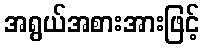
အရွယ်အစားအားဖြင့်